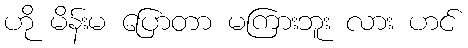
ဟို မိန်းမ ပြောတာ မကြားဘူး လား ဟင်